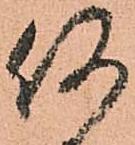
何